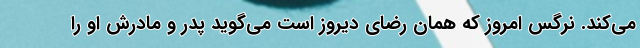
می‌کند. نرگس امروز که همان رضای دیروز است می‌گوید پدر و مادرش او را